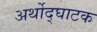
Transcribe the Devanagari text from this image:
अर्थोद्घाटक